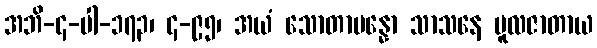
အဘိ-၄-ပါ-၁၇၃၊ ၄-၉၅၊ အယံ သောတာပန္နော သာသနေ မူလဇာတာယ